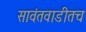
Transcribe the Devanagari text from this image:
सावंतवाडीतच